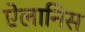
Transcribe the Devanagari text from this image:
ऐलानिस